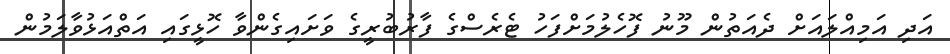
އަދި އަމިއްލައަށް ދެއަތުން މޫނު ފޮހެލުމަށްފަހު ޓެރެސްގެ ފާރުބުރީގެ ވަށައިގެންވާ ހޮޅީގައި އަތްއަޅުވާލަމުން